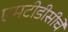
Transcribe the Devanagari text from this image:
एमटीडीसीचे